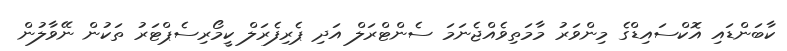
ކާބަންޑައި އޮކްސައިޑްގެ މިންވަރު މާމަތިވެއްޖެނަމަ ސެންޓްރަލް އަދި ޕެރިފެރަލް ކީމޯރިސެޕްޓަރު ތަކުން ނޭވާލުން